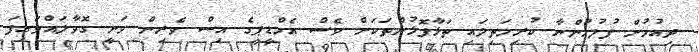
ދިއުމުން ފުލުހުންނާ ކުރިމަތިލައި ތަޅާފޮޅުންތަކަށް ވެސް އެމްޑީޕީގެ އިސް ވެރިން ވަނީ ގޮވާލައްވައިފަ